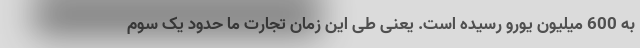
به 600 میلیون یورو رسیده است. یعنی طی این زمان تجارت ما حدود یک سوم